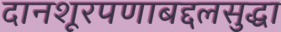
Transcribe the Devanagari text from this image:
दानशूरपणाबद्दलसुद्धा